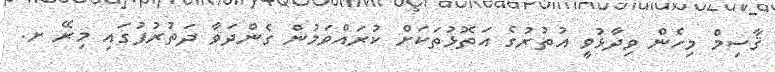
ޤާސިމް މިހެން ވިދާޅުވީ އުތުރުގެ އަތޮޅުތަކަށް ކުރައްވަމުން ގެންދަވާ ދަތުރުފުގައި މިރޭ ށ.